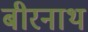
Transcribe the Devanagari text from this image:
बीरनाथ